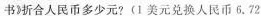
书》折合人民币多少元?(1美元兑换人民币6.72